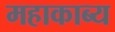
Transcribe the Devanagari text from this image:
महाकाब्‍य